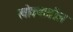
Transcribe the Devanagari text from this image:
खोक्यातील